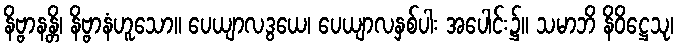
နိဗ္ဗာနန္တိ၊ နိဗ္ဗာနံဟူသော။ ပေယျာလဒွယေ၊ ပေယျာလနှစ်ပါး အပေါင်း၌။ သမာဘိ နိဝိဋ္ဌေသု၊